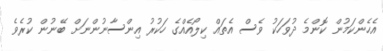
އެހެންކަމުން ކޮންމެ ދުވަހަކު ވެސް އެތައް ކިލޯއެއްގެ ހަކުރު އިންސާނުންނަށް ބޭނުން ކުރެވެ